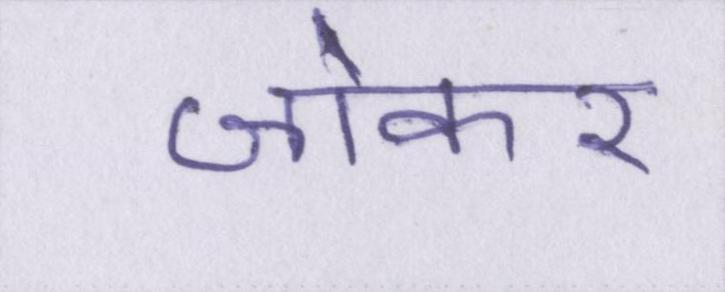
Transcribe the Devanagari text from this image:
जोकर